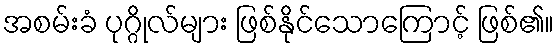
အစမ်းခံ ပုဂ္ဂိုလ်များ ဖြစ်နိုင်သောကြောင့် ဖြစ်၏။